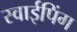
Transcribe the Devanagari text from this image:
स्वाईपिंग